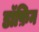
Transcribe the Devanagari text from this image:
डॉफ़िन